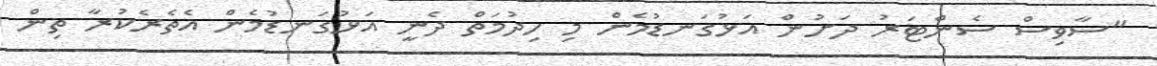
"ސާވިސް ސެންޓަރު ދަށުން އަޅުގަނޑުމެން މި ހިދުމަތް ދެނީ އަޅުގަނޑުމެން އެތެރެކުރާ ތިން